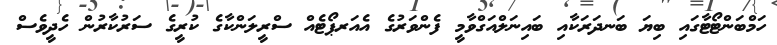
ހަމްބަންޓޯޓާގައި ބިޔަ ބަނދަރަކާއި ބައިނަލްއަގްވާމީ ފެންވަރުގެ އެއަރޕޯޓެއް ސްރީލަންކާގެ ކުރީގެ ސަރުކާރުން ހެދީވެސް